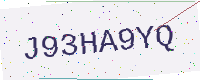
Text: J93HA9YQ